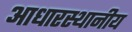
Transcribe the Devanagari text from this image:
आधारस्थानीय